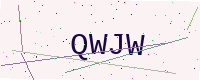
Text: QWJW